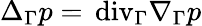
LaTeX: \Delta_{\Gamma}p={\mathop{\, \mathrm{div}}}_{\Gamma}\nabla_{\Gamma}p